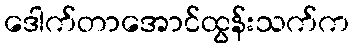
ဒေါက်တာအောင်ထွန်းသက်က